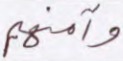
وآمنهم